Annual statistical returns and brief notes on vaccination in Bengal - 1909-1929
Year: 1909
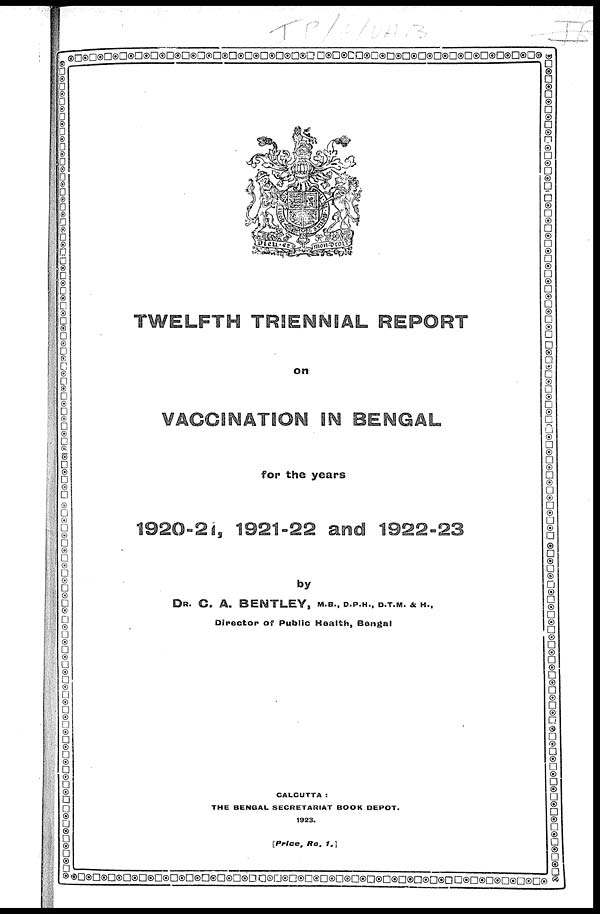
TWELFTH TRIENNIAL REPORT
on
VACCINATION IN BENGAL
for the years
1920-21, 1921-22 and 1922-23
by
DR. C. A. BENTLEY, M.B., D.P.H., D.T.M. & H.,
Director of Public Health, Bengal
CALCUTTA :
THE BENGAL SECRETARIAT BOOK DEPOT.
1923.
[Price, Re. 1.]